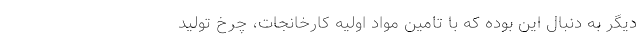
دیگر به دنبال این بوده که با تامین مواد اولیه کارخانجات، چرخ تولید